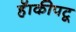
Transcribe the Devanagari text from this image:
हॅाकीपटू